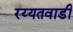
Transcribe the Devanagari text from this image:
रय्यतवाडी